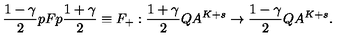
\frac { 1 - \gamma } { 2 } p F p \frac { 1 + \gamma } { 2 } \equiv F _ { + } : \frac { 1 + \gamma } { 2 } Q A ^ { K + s } \rightarrow \frac { 1 - \gamma } { 2 } Q A ^ { K + s } .